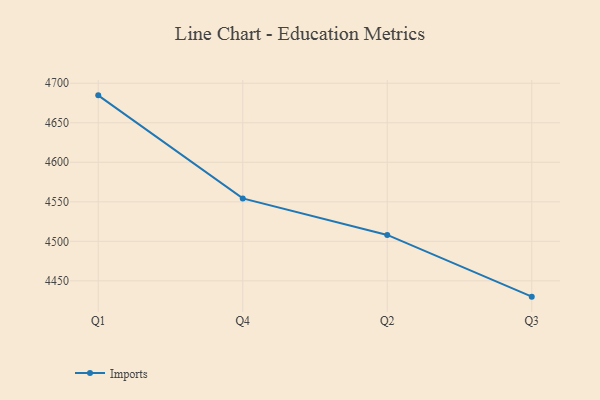
{"axis": {"x": "Quarter", "y": "Inventory Turnover"}, "legend": ["Imports"], "data": [{"x": "Q1", "y": 4684.7, "type": "Imports"}, {"x": "Q4", "y": 4554.3, "type": "Imports"}, {"x": "Q2", "y": 4508.1, "type": "Imports"}, {"x": "Q3", "y": 4430.0, "type": "Imports"}]}